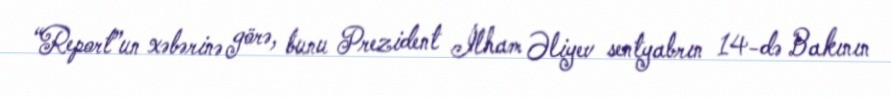
“Report”un xəbərinə görə, bunu Prezident İlham Əliyev sentyabrın 14-də Bakının